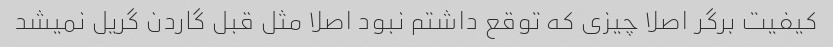
کیفیت برگر اصلا چیزی که توقع داشتم نبود اصلا مثل قبل گاردن گریل نمیشد